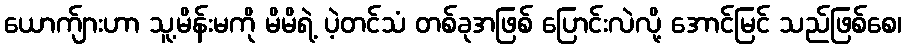
ယောက်ျားဟာ သူ့မိန်းမကို မိမိရဲ့ ပဲ့တင်သံ တစ်ခုအဖြစ် ပြောင်းလဲလို့ အောင်မြင် သည်ဖြစ်စေ၊